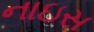
નાઇસ